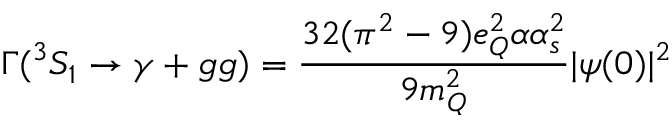
\Gamma ( ^ { 3 } S _ { 1 } \to \gamma + g g ) = { \frac { 3 2 ( \pi ^ { 2 } - 9 ) e _ { Q } ^ { 2 } \alpha \alpha _ { s } ^ { 2 } } { 9 m _ { Q } ^ { 2 } } } | \psi ( 0 ) | ^ { 2 }